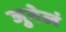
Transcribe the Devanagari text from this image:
जुनेलं